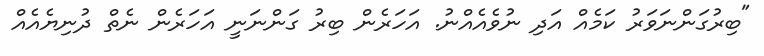
"ބިރުގަންނަވަރު ކަމެއް އަދި ނުވެއެއްނު. އަހަރެން ބިރު ގަންނަނީ އަހަރެން ނެތް ދުނިޔެއެއް